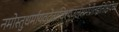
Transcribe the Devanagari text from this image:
नमोस्तुधर्मायवदेत्प्रविश्यजलंसमेप्रीतइतिक्षिपेच्च